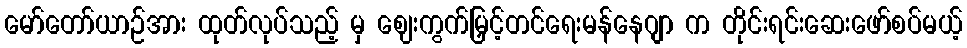
မော်တော်ယာဉ်အား ထုတ်လုပ်သည့် မှ ဈေးကွက်မြှင့်တင်ရေးမန်နေဂျာ က တိုင်းရင်းဆေးဖော်စပ်မယ့်